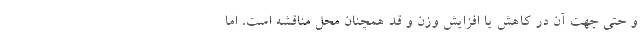
و حتی جهت آن در کاهش یا افزایش وزن و قد همچنان محل مناقشه است، اما